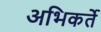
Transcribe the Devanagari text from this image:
अभिकर्ते